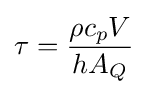
\tau ={\frac {\rho c_{p}V}{hA_{Q}}}